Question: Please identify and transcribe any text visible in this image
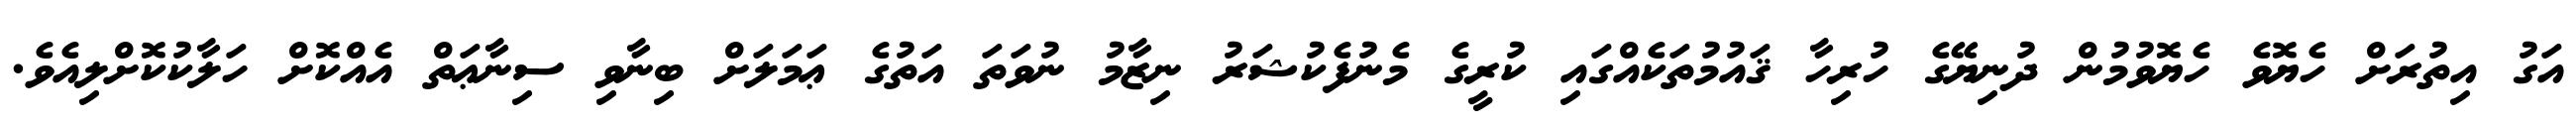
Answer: އަގު އިތުރަށް ހެޔޮވެ ހެޔޮވުމުން ދުނިޔޭގެ ހުރިހާ ޤައުމުތަކެއްގައި ކުރީގެ މެނުފެކުޝަރު ނިޒާމު ނުވަތަ އަތުގެ ޢަމަލަށް ބިނާވި ސިނާޢަތް އެއްކޮށް ހަލާކުކޮށްލިއެވެ.